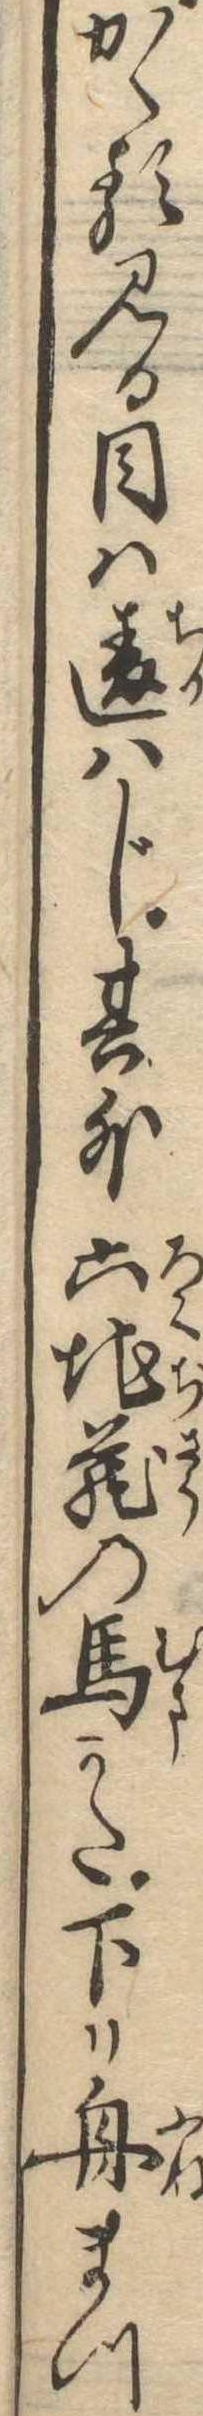
かゝる見る目は違はじ其外六地蔵の馬かた下り舟まつ